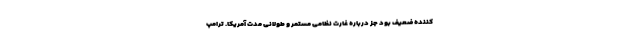
کننده ضعیف بود جز درباره غارت نظامی مستمر و طولانی مدت آمریکا. ترامپ